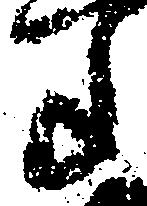
年